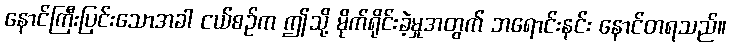
နောင်ကြီးပြင်းသောအခါ ငယ်စဉ်က ဤသို့ မိုက်ရိုင်းခဲ့မှုအတွက် ဘရောင်းနင်း နောင်တရသည်။